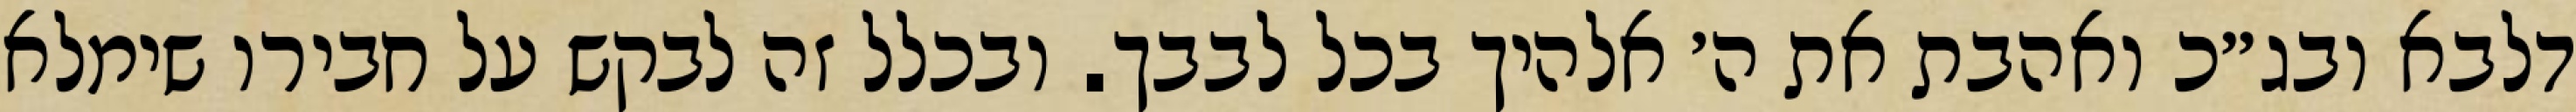
דלבא ובג״כ ואהבת את ה׳ אלהיך בכל לבבך. ובכלל זה לבקש על חבירו שימלא